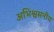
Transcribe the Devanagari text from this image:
अभिश्वसनीय